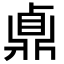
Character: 鼑